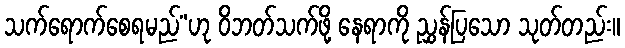
သက်ရောက်စေရမည်”ဟု ဝိဘတ်သက်ဖို့ နေရာကို ညွှန်ပြသော သုတ်တည်း။